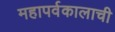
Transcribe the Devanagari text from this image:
महापर्वकालाची